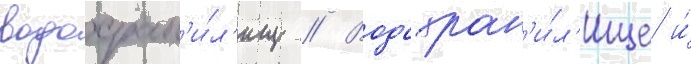
водохран'и́л'ищ // Водохран'и́л'ище и́